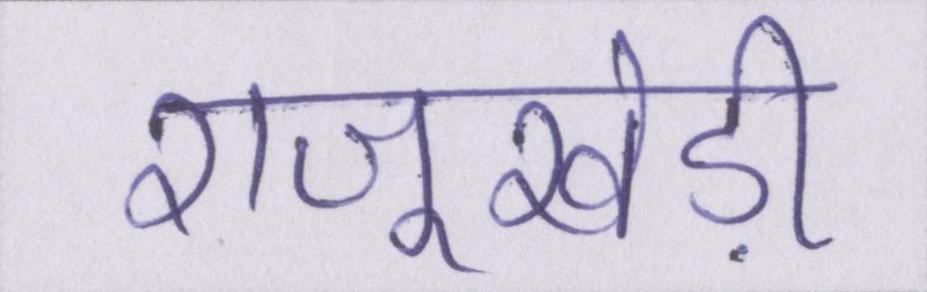
राजूखेड़ी